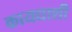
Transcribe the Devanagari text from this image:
कायद्याशी